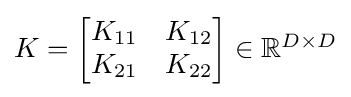
{\textstyle K={\begin{bmatrix}K_{11}&K_{12}\\K_{21}&K_{22}\end{bmatrix}}\in \mathbb {R} ^{D\times D}}